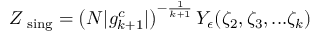
Z _ { \mathrm { \scriptsize ~ s i n g } } = \left( N | g _ { k + 1 } ^ { c } | \right) ^ { - \frac { 1 } { k + 1 } } Y _ { \epsilon } ( \zeta _ { 2 } , \zeta _ { 3 } , . . . \zeta _ { k } )